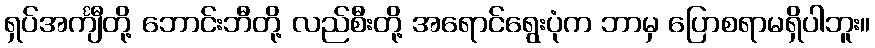
ရှပ်အင်္ကျီတို့ ဘောင်းဘီတို့ လည်စီးတို့ အရောင်ရွေးပုံက ဘာမှ ပြောစရာမရှိပါဘူး။